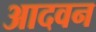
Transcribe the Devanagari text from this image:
आदवन